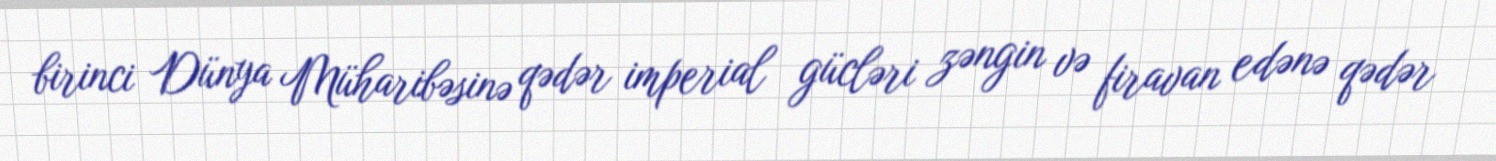
birinci Dünya Müharibəsinə qədər imperial gücləri zəngin və firavan edənə qədər